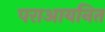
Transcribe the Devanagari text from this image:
पराआयनित